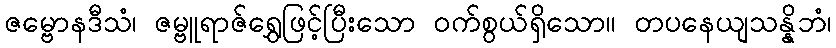
ဇမ္ဗောနဒီသံ၊ ဇမ္ဗူရာဇ်ရွှေဖြင့်ပြီးသော ဝက်စွယ်ရှိသော။ တပနေယျသန္နိဘံ၊